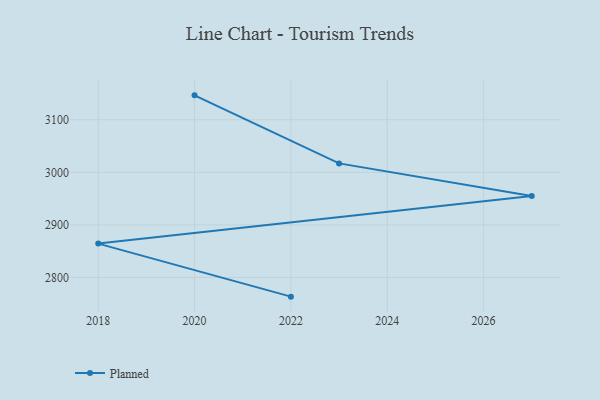
{"axis": {"x": "Year", "y": "Budget (USD K)"}, "legend": ["Planned"], "data": [{"x": "2020", "y": 3146.4, "type": "Planned"}, {"x": "2023", "y": 3017.0, "type": "Planned"}, {"x": "2027", "y": 2954.8, "type": "Planned"}, {"x": "2018", "y": 2864.4, "type": "Planned"}, {"x": "2022", "y": 2763.5, "type": "Planned"}]}